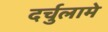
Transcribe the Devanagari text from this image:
दर्चुलामे